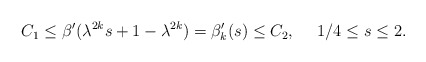
\begin{align*} \begin{aligned} C_1\leq \beta'(\lambda^{2k}s+1-\lambda^{2k})=\beta_k'(s)\leq C_2, ~~ ~ ~1/4\leq s\leq 2. \end{aligned} \end{align*}